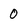
Character: 0